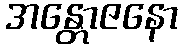
အန္တောဇနော